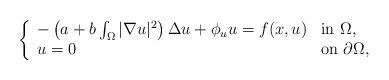
LaTeX: \begin{align*}\left \{ \begin{array}{ll}-\left(a+b\int_{\Omega}|\nabla u|^{2}\right)\Delta u +\phi_{u} u= f(x, u) & \mbox{in $\Omega$,}\\u=0 & \mbox{on $\partial\Omega$},\end{array}\right.\end{align*}